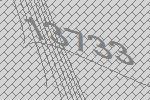
13733